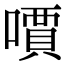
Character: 𠿪